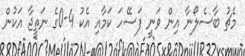
މެޗު ބާސެލޯނާ އިން ވަނީ ފަސޭހަ ކަމާއި އެކު 4-0ގެ ނަތީޖާ އަކުން